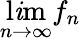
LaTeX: \operatorname*{l\mathit{i}m}_{n\to\infty}f_{n}